Vaccine operations Central Provinces 1900-1911 - 1900-1911
Year: 1900
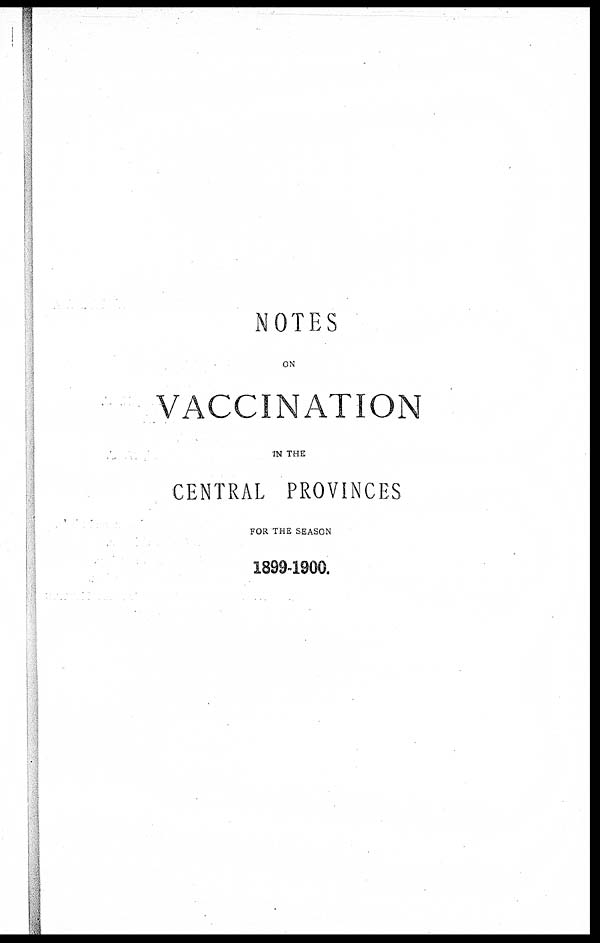
NOTES
ON
VACCINATION
IN THE
CENTRAL PROVINCES
FOR THE SEASON
1899-1900.